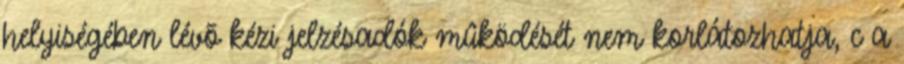
helyiségében lévõ kézi jelzésadók mûködését nem korlátozhatja, c a